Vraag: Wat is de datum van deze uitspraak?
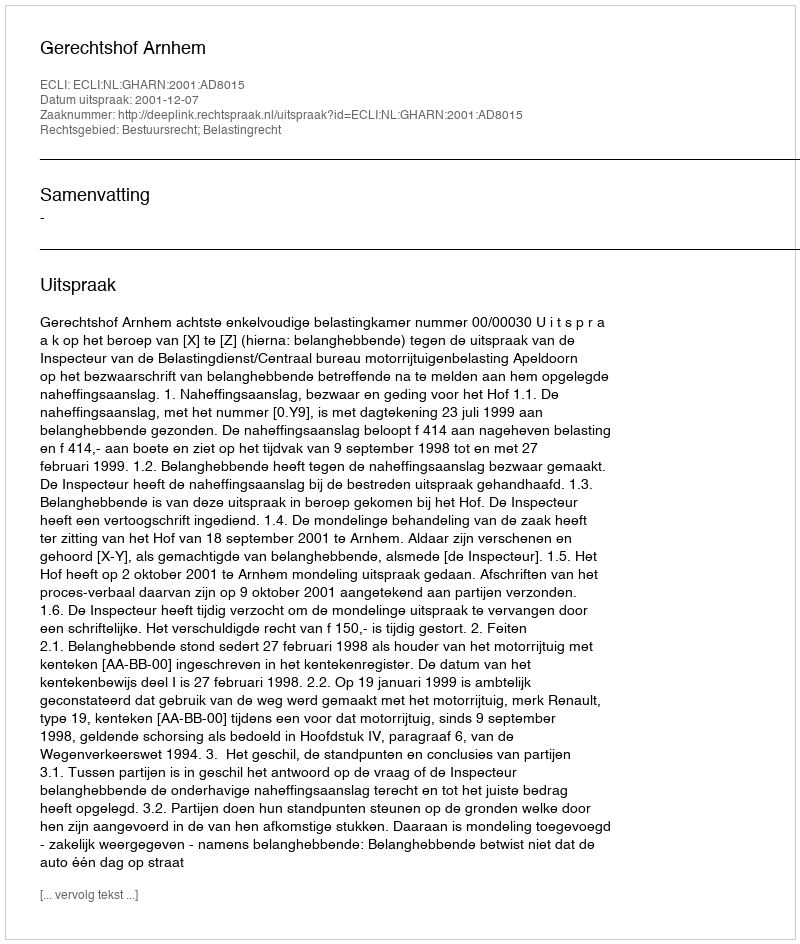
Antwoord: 2001-12-07